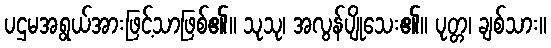
ပဌမအရွယ်အားဖြင့်သာဖြစ်၏။ သုသု၊ အလွန်ပျိုသေး၏။ ပုတ္တ၊ ချစ်သား။